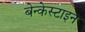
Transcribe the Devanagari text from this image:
बेन्केस्टाइन